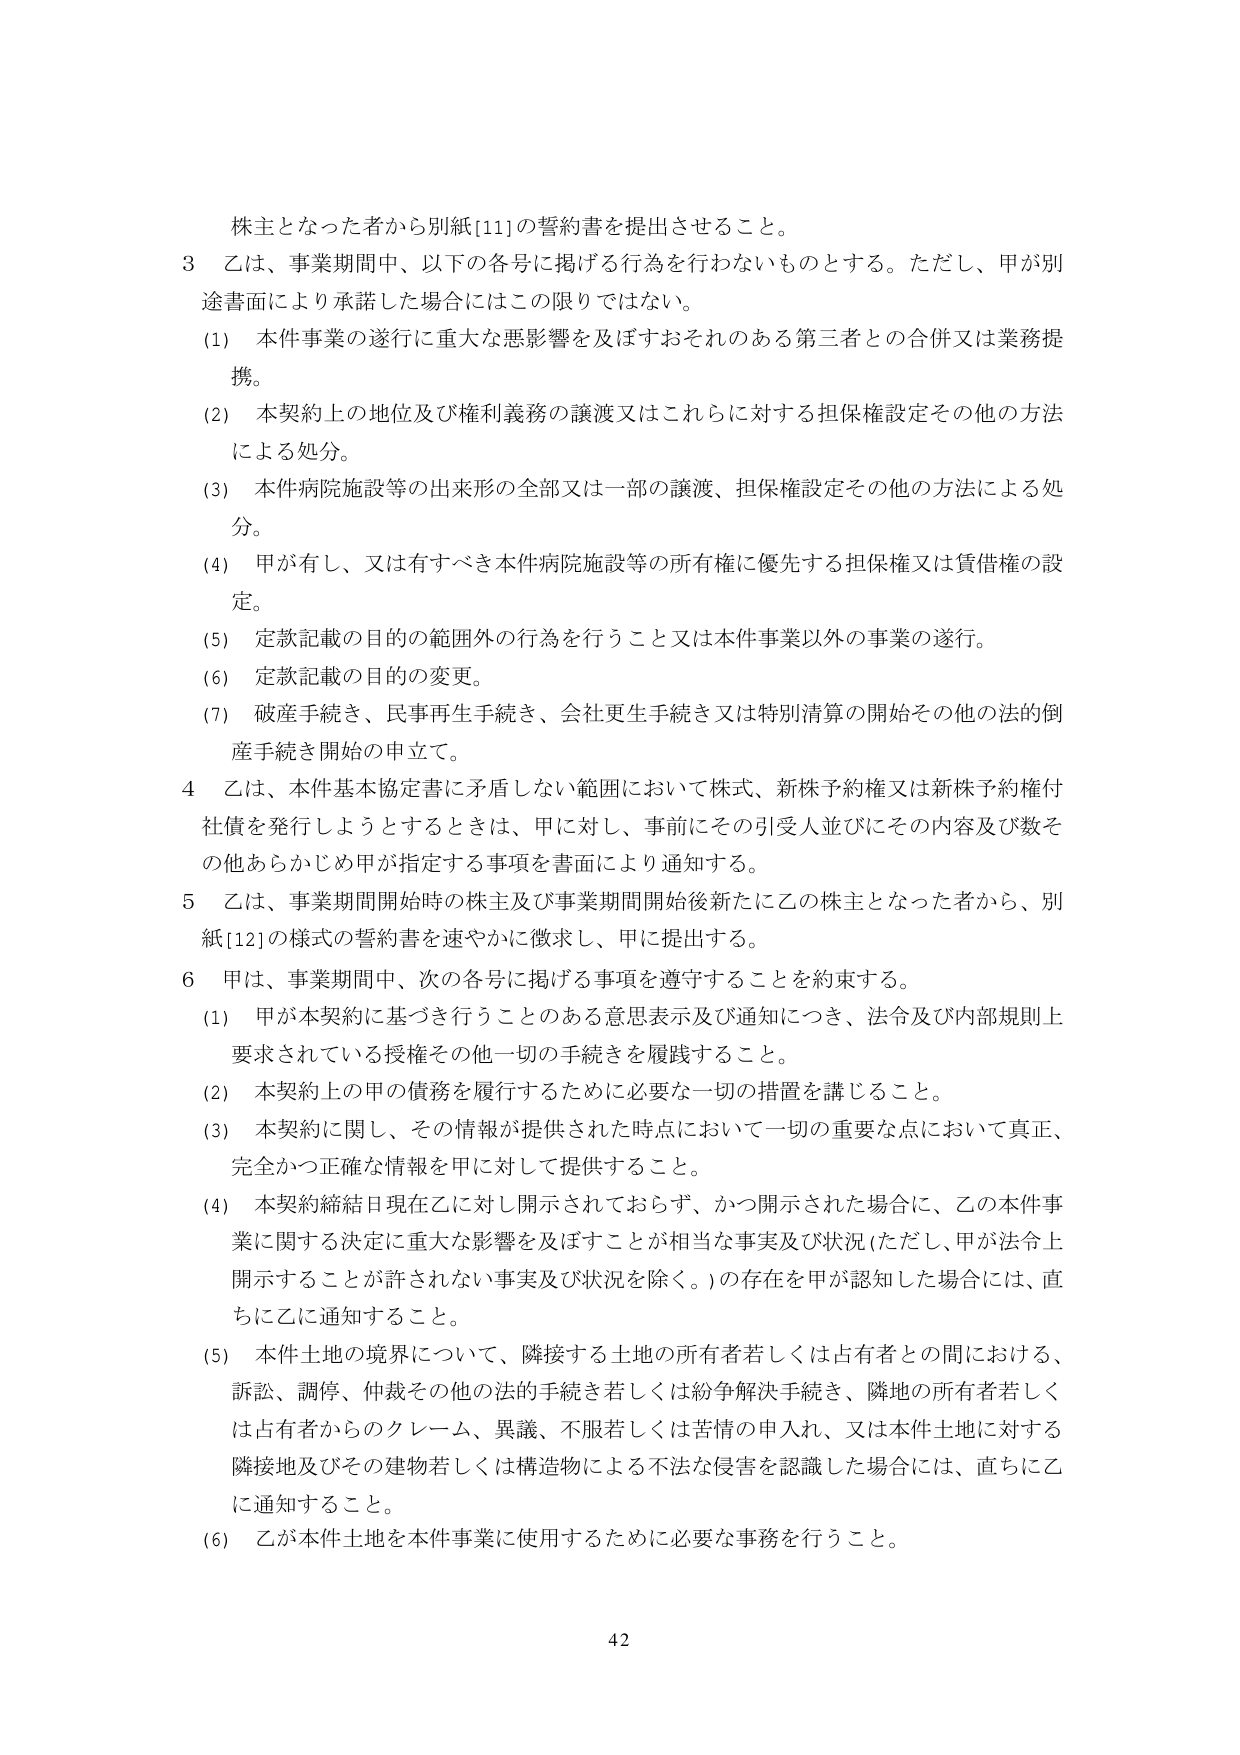
株主となった者から別紙[11]の誓約書を提出させること。

3 乙は、事業期間中、以下の各号に掲げる行為を行わないものとする。ただし、甲が別途書面により承諾した場合にはこの限りではない。

(1) 本件事業の遂行に重大な悪影響を及ぼすおそれのある第三者との合併又は業務提携。

(2) 本契約上の地位及び権利義務の譲渡又はこれらに対する担保権設定その他の方法による処分。

(3) 本件病院施設等の出来形の全部又は一部の譲渡、担保権設定その他の方法による処分。

(4) 甲が有し、又は有すべき本件病院施設等の所有権に優先する担保権又は賃借権の設定。

(5) 定款記載の目的の範囲外の行為を行うこと又は本件事業以外の事業の遂行。

(6) 定款記載の目的の変更。

(7) 破産手続き、民事再生手続き、会社再生手続き又は特別清算の開始その他の法的倒産手続き開始の申立て。

4 乙は、本件基本協定書に矛盾しない範囲において株式、新株予約権又は新株予約権付社債を発行しようとするときは、甲に対し、事前にその引受人並びにその内容及び数その他あらかじめ甲が指定する事項を書面により通知する。

5 乙は、事業期間開始時の株主及び事業期間開始後新たに乙の株主となった者から、別紙[12]の様式の誓約書を速やかに徴求し、甲に提出する。

6 甲は、事業期間中、次の各号に掲げる事項を遵守することを約束する。

(1) 甲が本契約に基づき行うことのある意思表示及び通知につき、法令及び内部規則上要求されている授権その他一切の手続きを履践すること。

(2) 本契約上の甲の債務を履行するために必要な一切の措置を講じること。

(3) 本契約に関し、その情報が提供された時点において一切の重要な点において真正、完全かつ正確な情報を甲に対して提供すること。

(4) 本契約締結日現在乙に対し開示されておらず、かつ開示された場合に、乙の本件事業に関する決定に重大な影響を及ぼすことが相当な事実及び状況（ただし、甲が法令上開示することが許されない事実及び状況を除く。）の存在を甲が認知した場合には、直ちに乙に通知すること。

(5) 本件土地の境界について、隣接する土地の所有者若しくは占有者との間における、訴訟、調停、仲裁その他の法的手続き若しくは紛争解決手続き、隣地の所有者若しくは占有者からのクレーム、異議、不服若しくは苦情の申入れ、又は本件土地に対する隣接地及びその建物若しくは構造物による不法な侵害を認識した場合には、直ちに乙に通知すること。

(6) 乙が本件土地を本件事業に使用するために必要な事務を行うこと。

42